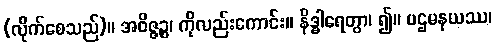
(လိုက်စေသည်)။ အဝိဇ္ဇဉ္စ၊ ကိုလည်းကောင်း။ နိဒ္ဓါရေတွာ၊ ၍။ ပဌမနယဿ၊